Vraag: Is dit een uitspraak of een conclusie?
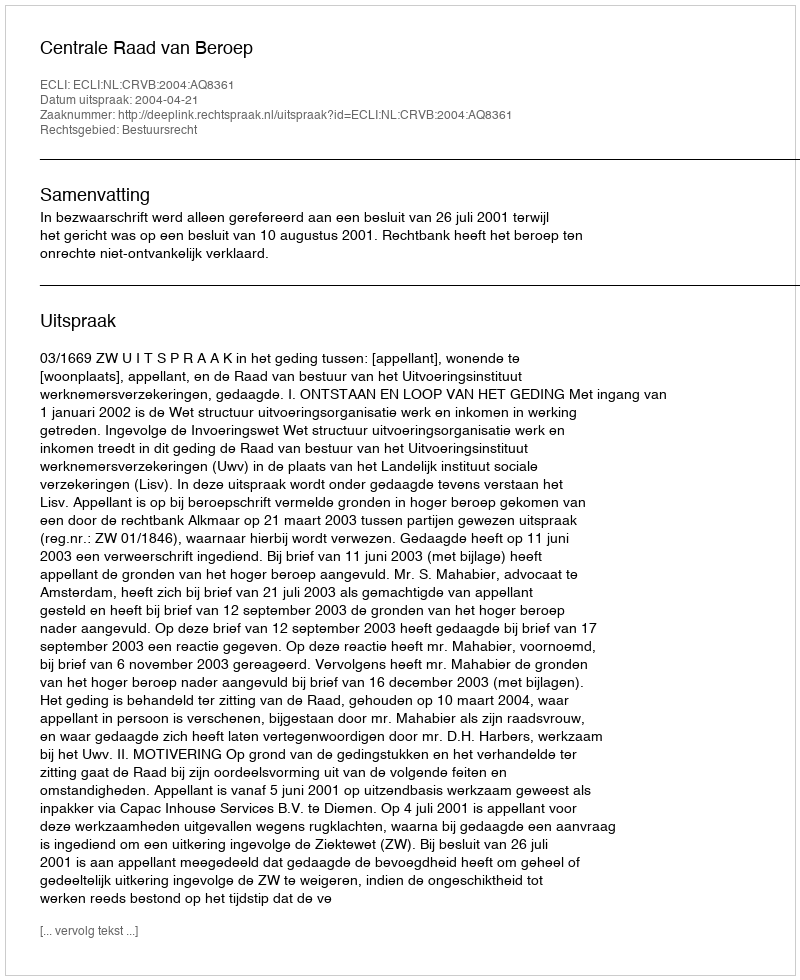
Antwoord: Uitspraak